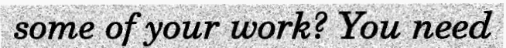
some of your work? You need